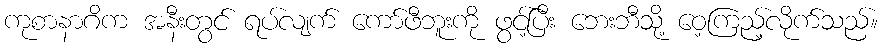
ကုစာနာဂိက အနီးတွင် ရပ်လျက် ကော်ဖီဘူးကို ဖွင့်ပြီး ဘေးဘီသို့ ဝေ့ကြည့်လိုက်သည်။